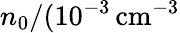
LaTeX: n_{0}/(10^{-3}\, \mathrm{cm^{-3}}